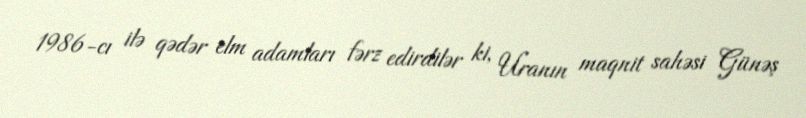
1986-cı ilə qədər elm adamları fərz edirdilər ki, Uranın maqnit sahəsi Günəş